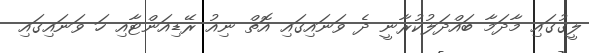
ލީގުގައި މާދަމާ ބައްދަލުކުރާނީ ދެ ވަނައިގައި އޮތް ނިއު ރޭޑިއަންޓާއި ހަ ވަނައިގައި